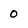
Character: 0